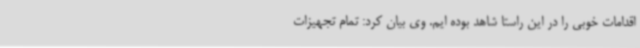
اقدامات خوبی را در این راستا شاهد بوده ایم. وی بیان کرد: تمام تجهیزات